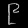
Digit: ၉